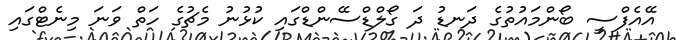
އޭއެފްސީ ބޯންމައުތުގެ ދަނޑު ދަ ގޯލްޑްސޭންޑްގައި ކުޅުނު މެޗުގެ ހަތް ވަނަ މިނެޓްގައި